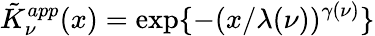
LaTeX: \tilde{K}_{\nu}^{app}(x)=\exp\{ -(x/\lambda(\nu))^{\gamma(\nu)}\}